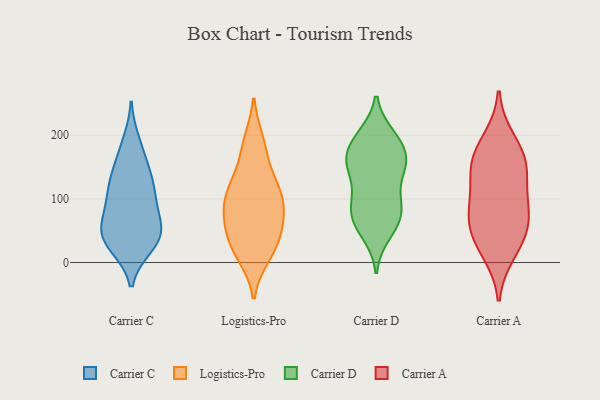
{"axis": {"x": "Energy Usage (MWh)", "y": "Value"}, "legend": ["Carrier A", "Carrier C", "Carrier D", "Logistics-Pro"], "data": [{"x": "", "y": 58, "type": "Carrier C"}, {"x": "", "y": 56, "type": "Carrier C"}, {"x": "", "y": 90, "type": "Carrier C"}, {"x": "", "y": 169, "type": "Carrier C"}, {"x": "", "y": 32, "type": "Carrier C"}, {"x": "", "y": 120, "type": "Carrier C"}, {"x": "", "y": 139, "type": "Carrier C"}, {"x": "", "y": 85, "type": "Carrier C"}, {"x": "", "y": 33, "type": "Carrier C"}, {"x": "", "y": 129, "type": "Carrier C"}, {"x": "", "y": 112, "type": "Carrier C"}, {"x": "", "y": 46, "type": "Carrier C"}, {"x": "", "y": 27, "type": "Carrier C"}, {"x": "", "y": 42, "type": "Carrier C"}, {"x": "", "y": 188, "type": "Carrier C"}, {"x": "", "y": 42, "type": "Logistics-Pro"}, {"x": "", "y": 50, "type": "Logistics-Pro"}, {"x": "", "y": 132, "type": "Logistics-Pro"}, {"x": "", "y": 189, "type": "Logistics-Pro"}, {"x": "", "y": 17, "type": "Logistics-Pro"}, {"x": "", "y": 14, "type": "Logistics-Pro"}, {"x": "", "y": 67, "type": "Logistics-Pro"}, {"x": "", "y": 117, "type": "Logistics-Pro"}, {"x": "", "y": 161, "type": "Logistics-Pro"}, {"x": "", "y": 77, "type": "Logistics-Pro"}, {"x": "", "y": 107, "type": "Logistics-Pro"}, {"x": "", "y": 102, "type": "Logistics-Pro"}, {"x": "", "y": 71, "type": "Logistics-Pro"}, {"x": "", "y": 10, "type": "Logistics-Pro"}, {"x": "", "y": 41, "type": "Logistics-Pro"}, {"x": "", "y": 191, "type": "Logistics-Pro"}, {"x": "", "y": 93, "type": "Logistics-Pro"}, {"x": "", "y": 112, "type": "Logistics-Pro"}, {"x": "", "y": 99, "type": "Carrier D"}, {"x": "", "y": 177, "type": "Carrier D"}, {"x": "", "y": 199, "type": "Carrier D"}, {"x": "", "y": 151, "type": "Carrier D"}, {"x": "", "y": 152, "type": "Carrier D"}, {"x": "", "y": 149, "type": "Carrier D"}, {"x": "", "y": 62, "type": "Carrier D"}, {"x": "", "y": 73, "type": "Carrier D"}, {"x": "", "y": 57, "type": "Carrier D"}, {"x": "", "y": 151, "type": "Carrier D"}, {"x": "", "y": 45, "type": "Carrier D"}, {"x": "", "y": 173, "type": "Carrier D"}, {"x": "", "y": 82, "type": "Carrier D"}, {"x": "", "y": 92, "type": "Carrier D"}, {"x": "", "y": 194, "type": "Carrier D"}, {"x": "", "y": 196, "type": "Carrier D"}, {"x": "", "y": 97, "type": "Carrier D"}, {"x": "", "y": 149, "type": "Carrier D"}, {"x": "", "y": 159, "type": "Carrier A"}, {"x": "", "y": 154, "type": "Carrier A"}, {"x": "", "y": 85, "type": "Carrier A"}, {"x": "", "y": 160, "type": "Carrier A"}, {"x": "", "y": 42, "type": "Carrier A"}, {"x": "", "y": 192, "type": "Carrier A"}, {"x": "", "y": 126, "type": "Carrier A"}, {"x": "", "y": 78, "type": "Carrier A"}, {"x": "", "y": 40, "type": "Carrier A"}, {"x": "", "y": 80, "type": "Carrier A"}, {"x": "", "y": 17, "type": "Carrier A"}]}